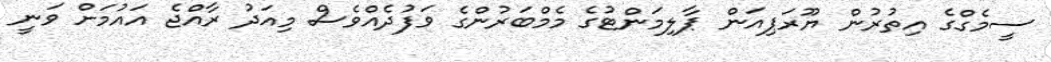
ސީމެގްގެ އިތުރުން ޔޫރަޕިއަން ޕާލިމަންޓުގެ މެމްބަރުންގެ ވަފުދެއްވެސް މިއަދު ރާއްޖެ އައުމަށް ވަނީ